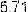
5.71